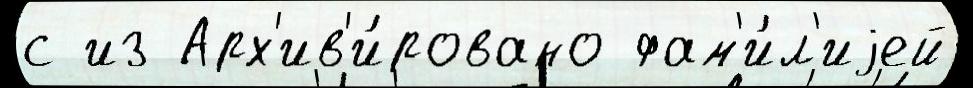
с из Арх'ив'и́ровано фам'и́л'иjей